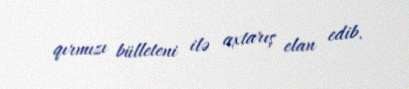
qırmızı bülleteni ilə axtarış elan edib.